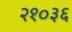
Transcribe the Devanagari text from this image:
२१०३६